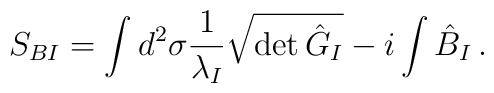
S_{BI}=\int d^2\sigma \frac{1}{\lambda_I} \sqrt{\det{\hat G}_I}-i\int\hat B_I\, .